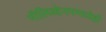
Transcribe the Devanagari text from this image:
मॉलिब्डेनममध्येही